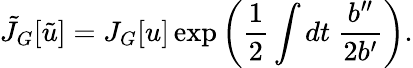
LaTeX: \tilde{J}_{G}[\tilde{u}]=J_{G}[u]\exp\left(\frac{1}{2}\int dt~\frac{b^{\prime\prime}}{2b^{\prime}}\right).